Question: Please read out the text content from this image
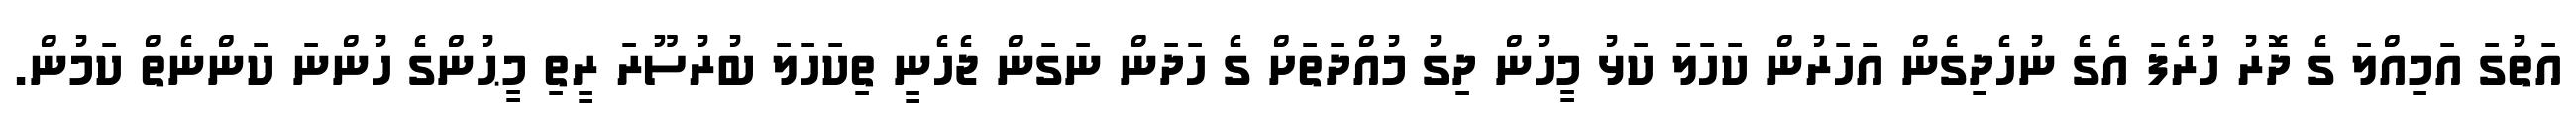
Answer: އަތުގަ އަމިއްލަ ގެ ދޮރު ހުރެފަ އެގެ ނުހެދިގެން އަހަރުން ކަހަލަ ކަޅު މީހުން ދިގު މުއްދަތަށް ގެ ހަދަން ނަގަން ޖެހެނީ ތިކަހަލަ ބުރުސޫރަ ރީތި މީޙުންގެ ހުންނަ ކަންނެތް ކަމުން.